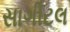
સાગીટલ